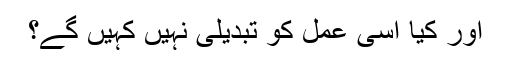
اور کیا اسى عمل کو تبدیلى نہیں کہیں گے؟